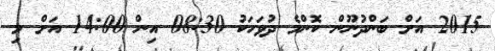
2015 އަށް ބަންދުނޫން ކޮންމެ ދުވަހަކު 08:30 އިން 14:00 އަށް މި